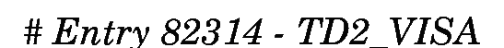
# Entry 82314 - TD2_VISA